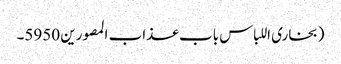
(بخاری اللباس باب عذاب المصورین 5950۔